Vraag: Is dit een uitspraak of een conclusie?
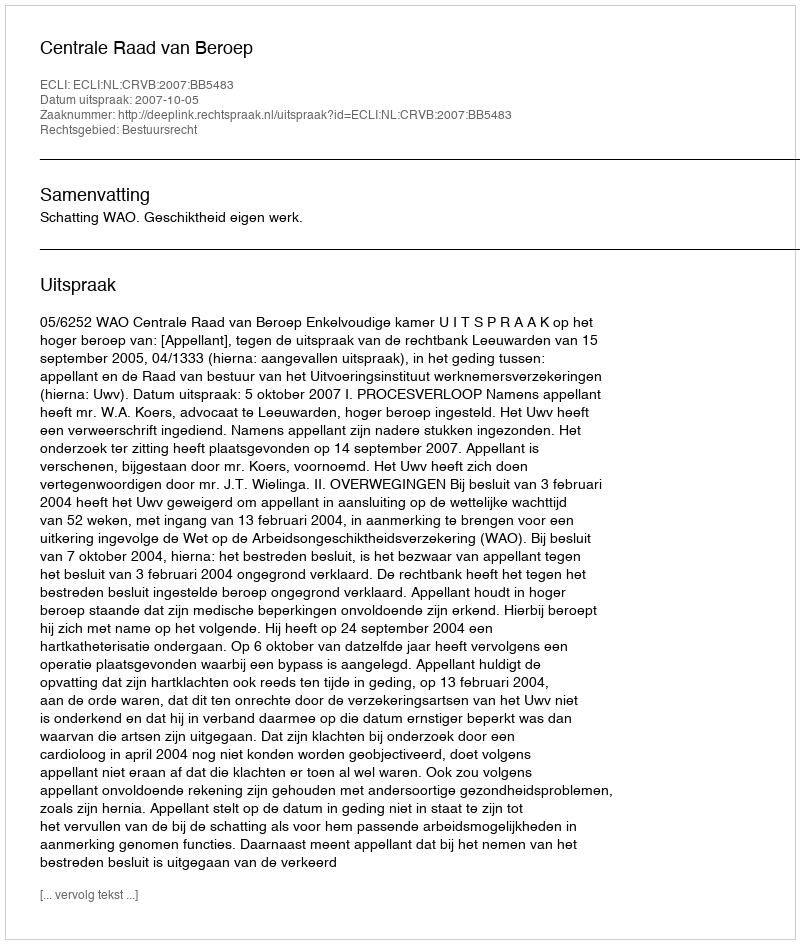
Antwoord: Uitspraak